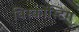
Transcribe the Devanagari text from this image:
विस्कोंस्टिग